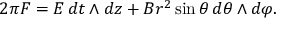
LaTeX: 2 \pi F = E \, d t \land d z + B r ^ { 2 } \sin \theta \, d \theta \land d \varphi .